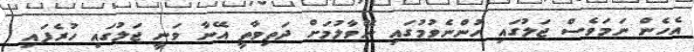
އެހެން ނަމަވެސް ޖަލުގައި ހުންނެވުމުގައި ނޭވާލުމަށް ދަތިވާތީ އޭނާ ވަނީ ޖަލުގައި ހުރެފައި